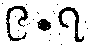
၉.၇